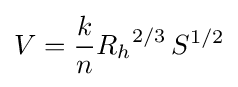
V={\frac {k}{n}}{R_{h}}^{2/3}\,S^{1/2}